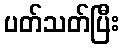
ပတ်သတ်ပြီး